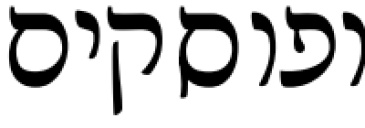
ופוסקים